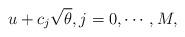
LaTeX: \begin{align*}u + c_j \sqrt{\theta}, j = 0, \cdots, M,\end{align*}